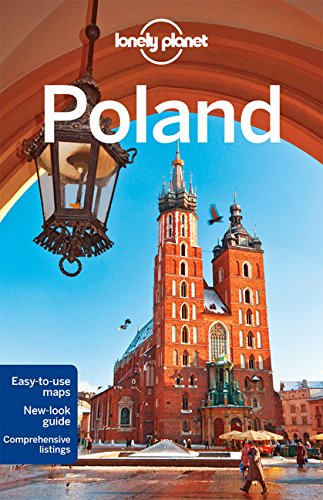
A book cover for Lonely Planet Poland (Travel Guide); Lonely Planet; Travel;